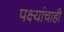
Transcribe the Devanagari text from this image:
पक्ष्यांचाही